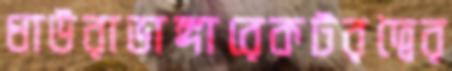
ধাউরাভাঙ্গারেকটরদ্বৈর